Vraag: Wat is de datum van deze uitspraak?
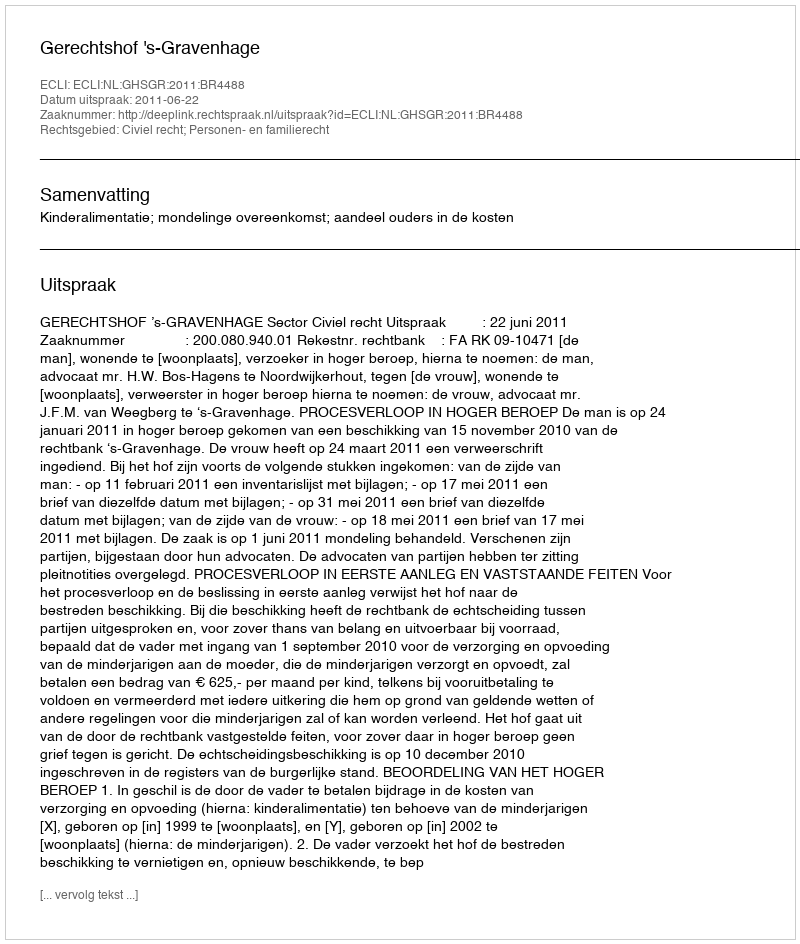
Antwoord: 2011-06-22